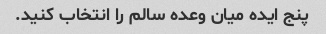
پنج ایده میان وعده سالم را انتخاب کنید.